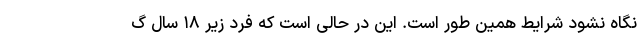
نگاه نشود شرایط همین طور است. این در حالی است که فرد زیر ۱۸ سال گ